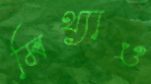
মিথ্যাও